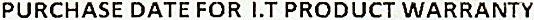
PURCHASE DATE FOR I.T PRODUCT WARRANTY